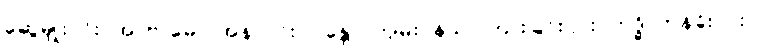
ဆွေမျိုး၎င်း။ အာဗာဓော၊ အနာ၎င်း။ ဂန္ထော၊ ကျမ်းဂန်သင်ကြားခြင်း၎င်း။ ဣဒ္ဓိ၊ တန်ခိုး၎င်း။